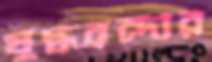
যুদ্ধবন্দীর